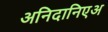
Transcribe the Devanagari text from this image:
अनिदानिएअ